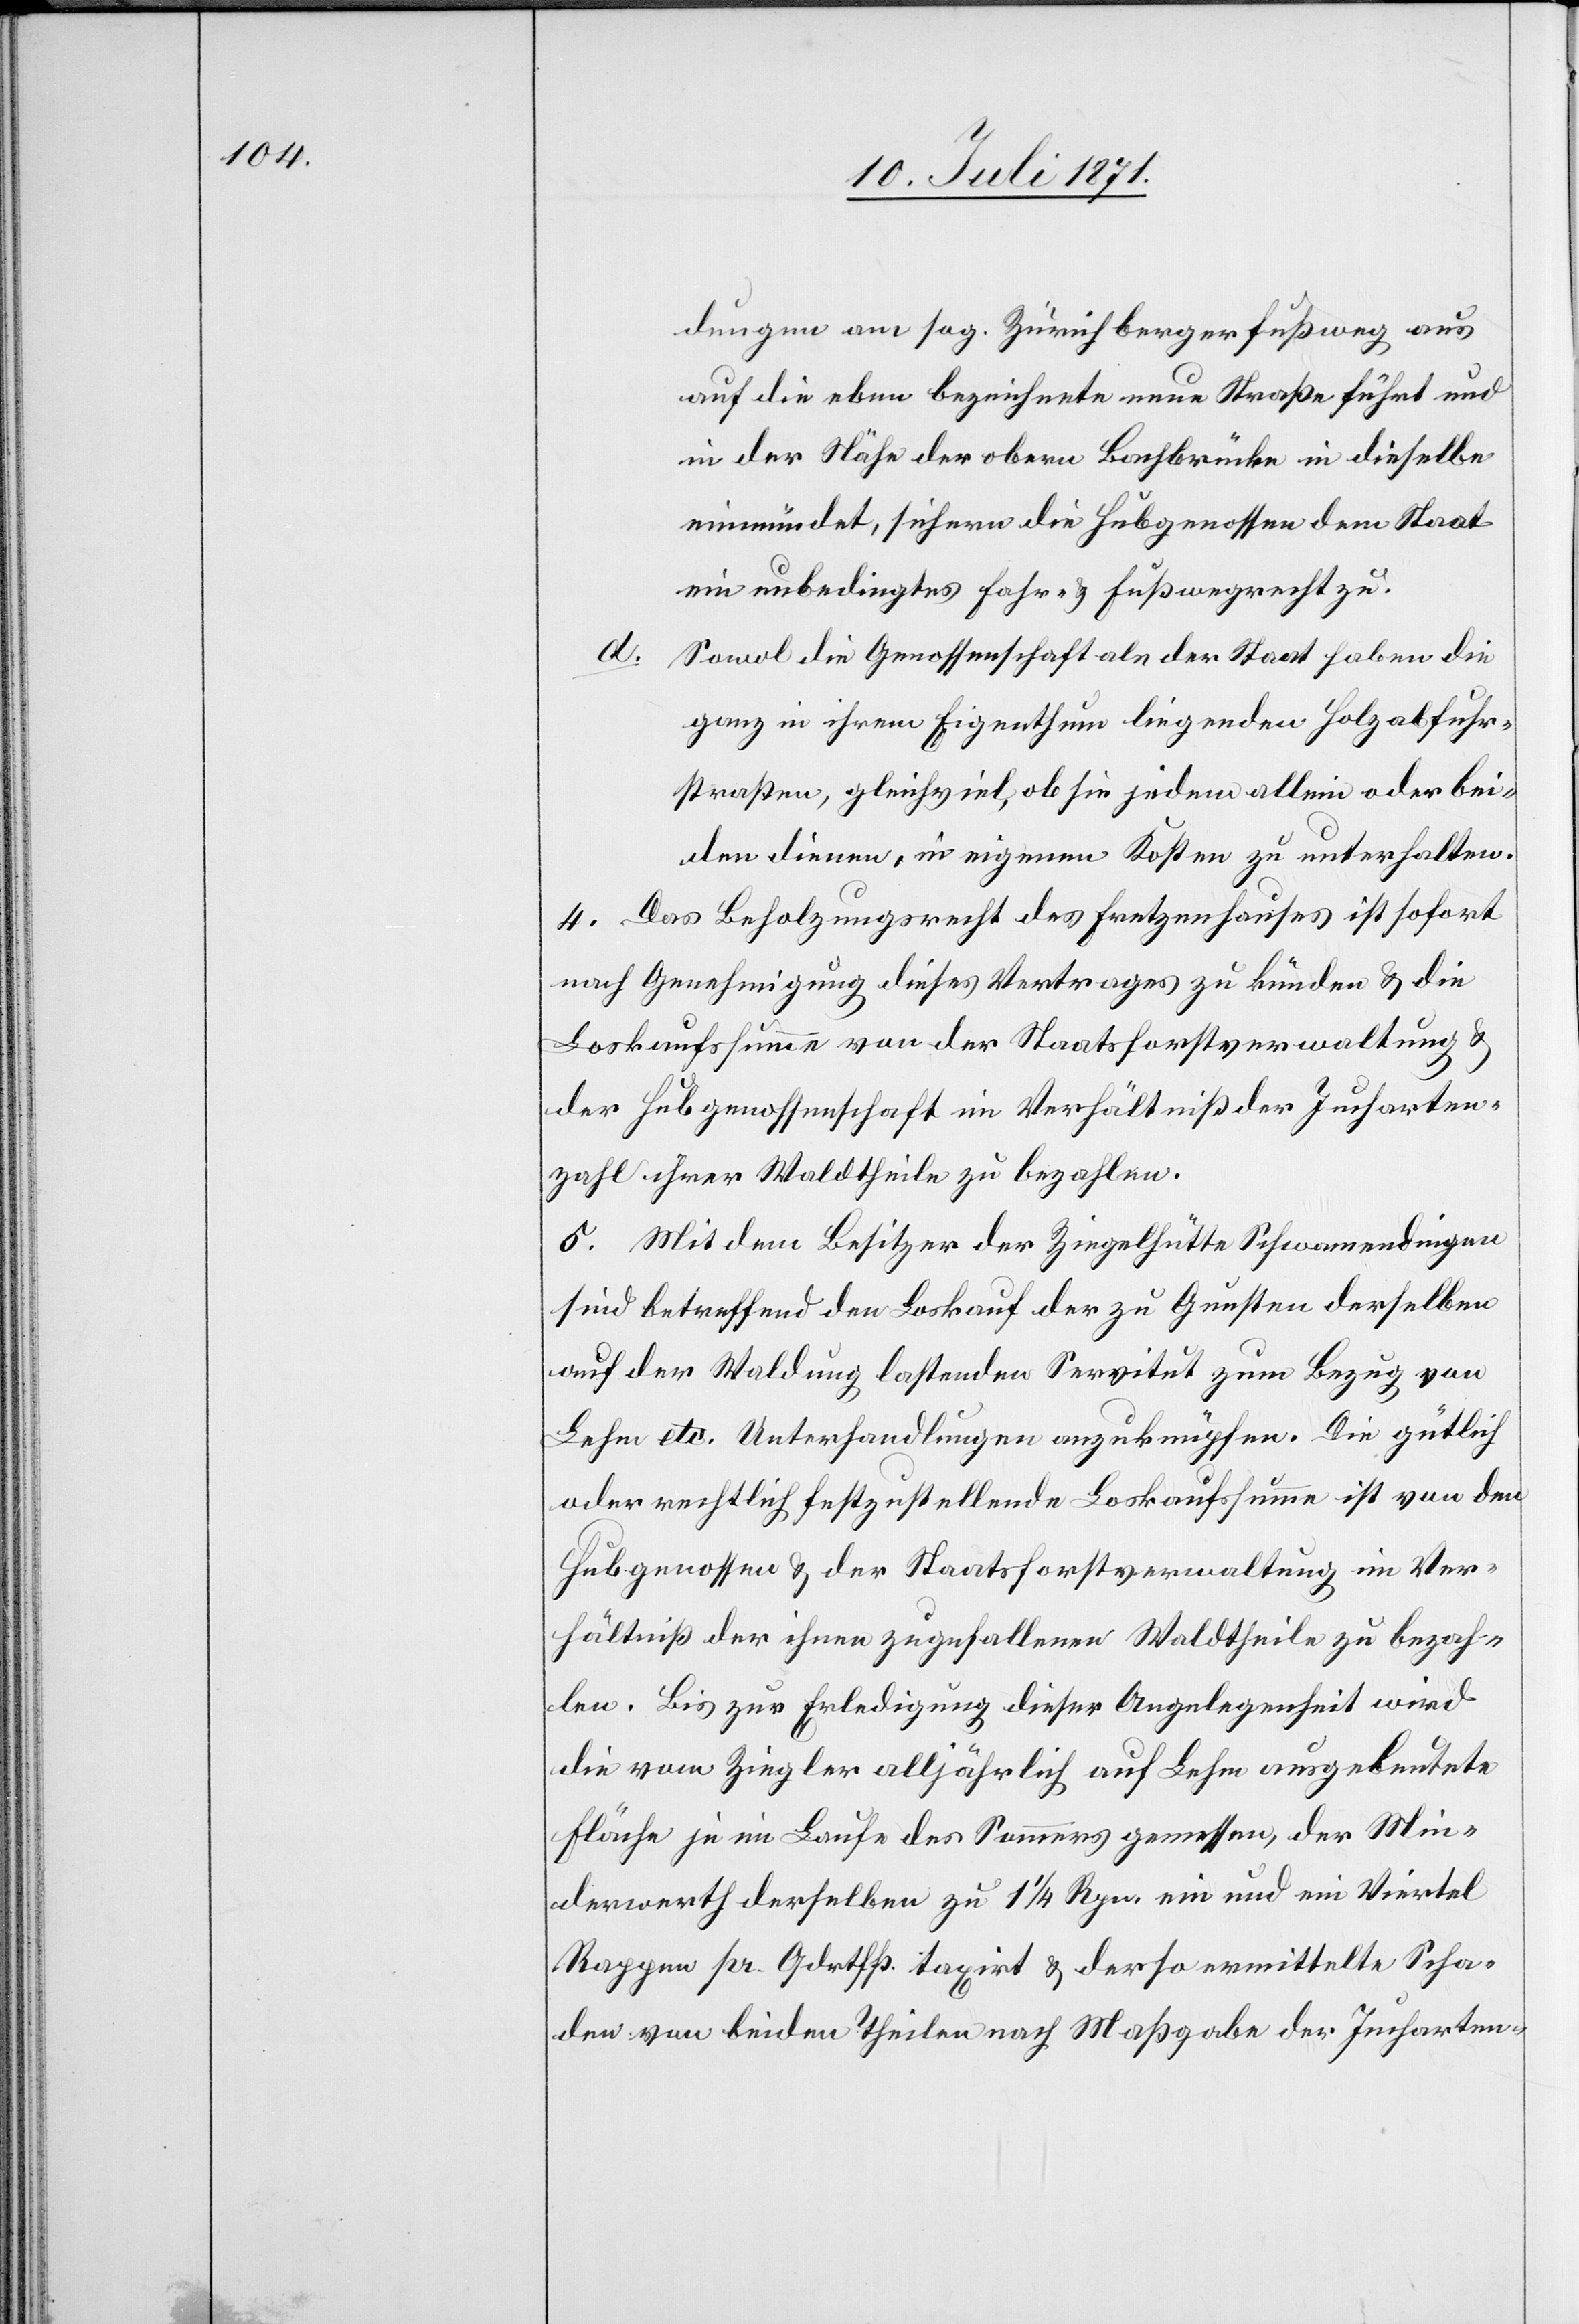
dungen am sog. Zürichbergerfußweg aus
auf die eben bezeichnete neue Straße führt und
in der Nähe der obern Bachbrücke in dieselbe
einmündet, sichern die Hubgenossen dem Staat
ein unbedingtes Fahr- u. Fußwegrecht zu.
d.
Sowol die Genossenschaft als der Staat haben die
ganz in ihrem Eigenthum liegenden Holzabfuhr¬
straßen, gleichviel, ob sie jedem allein oder bei¬
den dienen, in eigenen Kosten zu unterhalten.
4. Das Beholzungsrecht des Fretzenhauses ist sofort
nach Genehmigung dieses Vertrages zu künden u. die
Loskaufssumme von der Staatsforstverwaltung u.
der Hubgenossenschaft im Verhältniß der Jucharten¬
zahl ihrer Waldtheile zu bezahlen.
5. Mit dem Besitzer der Ziegelhütte Schwamendingen
sind betreffend den Loskauf der zu Gunsten derselben
auf der Waldung lastenden Servitut zum Bezug von
Lehm etc. Unterhandlungen anzuknüpfen. Die gütlich
oder rechtlich festzustellende Loskaufssumme ist von den
Hubgenossen u. der Staatsforstverwaltung im Ver¬
hältniß der ihnen zugefallenen Waldtheile zu bezah¬
len. Bis zu Erledigung dieser Angelegenheit wird
die vom Ziegler alljährlich auf Lehm ausgebeutete
Fläche je im Laufe des Sommers gemessen, der Min¬
derwerth derselben zu 1 1/4 Rpn. ein und ein Viertel
Rappen [sic!] pr. Qdrthfß. taxirt u. der so ermittelte Scha¬
den von beiden Theilen nach Maßgabe der Jucharten-